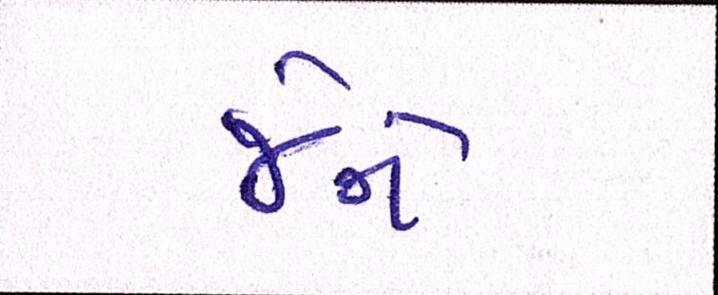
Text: જેને